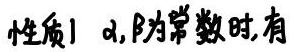
性质1 $\alpha,\beta$为常数时, 有